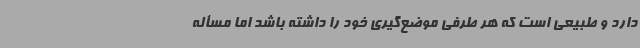
دارد و طبیعی است که هر طرفی موضع‌گیری خود را داشته باشد اما مسأله